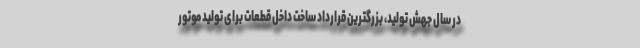
در سال جهش تولید، بزرگترین قرارداد ساخت داخل قطعات برای تولید موتور